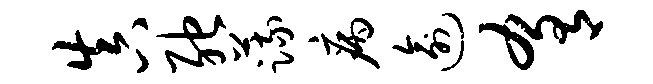
真弛蔬病逾肴